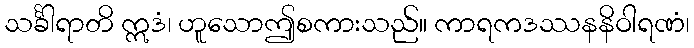
သင်္ခါရာတိ ဣဒံ၊ ဟူသောဤစကားသည်။ ကာရကဒဿနနိဝါရဏံ၊